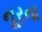
નૂરના